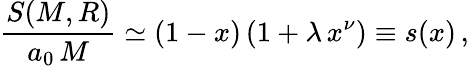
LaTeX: \frac{S(M,R)}{a_{0}\, M}\simeq(1-x)\, (1+\lambda\, x^{\nu})\equiv s(x)\, ,